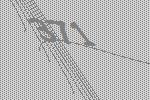
371